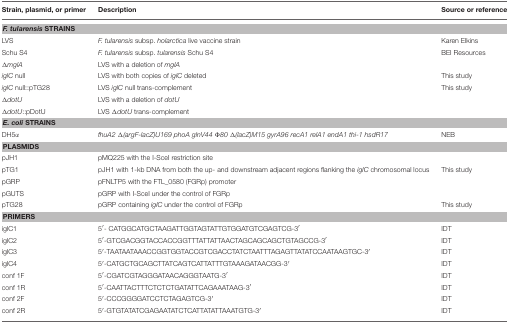
| Strain, plasmid, or primer | Description | Source or reference |
 | --- | --- | --- |
 | <COLSPAN=3> F. tularensisSTRAINS |
 | LVS | F. tularensis subsp. holarctica live vaccine strain | Karen Elkins |
 | Schu S4 | F. tularensis subsp. tularensis Schu S4 | BEI Resources |
 | ΔmglA | LVS with a deletion of mglA |  |
 | iglC null | LVS with both copies of iglC deleted | This study |
 | iglC null::pTG28 | LVS iglC null trans-complement | This study |
 | ΔdotU | LVS with a deletion of dotU |  |
 | ΔdotU::pDotU | LVS ΔdotU trans-complement |  |
 | <COLSPAN=3> E. coliSTRAINS |
 | DH5α | fhuA2 Δ(argF-lacZ)U169 phoA glnV44 Φ80 Δ(lacZ)M15 gyrA96 recA1 relA1 endA1 thi-1 hsdR17 | NEB |
 | <COLSPAN=3> PLASMIDS |
 | pJH1 | pMQ225 with the I-SceI restriction site |  |
 | pTG1 | pJH1 with 1-kb DNA from both the up- and downstream adjacent regions flanking the iglC chromosomal locus | This study |
 | pGRP | pFNLTP5 with the FTL_0580 (FGRp) promoter |  |
 | pGUTS | pGRP with I-SceI under the control of FGRp |  |
 | pTG28 | pGRP containing iglC under the control of FGRp | This study |
 | <COLSPAN=3> PRIMERS |
 | iglC1 | 5′- CATGGCATGCTAAGATTGGTAGTATTGTGGATGTCGAGTCG-3′ | IDT |
 | iglC2 | 5′-GTCGACGGTACCACCGGTTTATTATTAACTAGCAGCAGCTGTAGCCG-3′ | IDT |
 | iglC3 | 5′-TAATAATAAACCGGTGGTACCGTCGACCTATCTAATTTAGAGTTATATCCAATAAGTGC-3′ | IDT |
 | iglC4 | 5′-CATGCTGCAGCTTATCAGTCATTATTTGTAAAGATAACGG-3′ | IDT |
 | conf 1F | 5′-CGATCGTAGGGATAACAGGGTAATG-3′ | IDT |
 | conf 1R | 5′-CAATTACTTTCTCTCTGATATTCAGAAATAAG-3′ | IDT |
 | conf 2F | 5′-CCCGGGGATCCTCTAGAGTCG-3′ | IDT |
 | conf 2R | 5′-GTGTATATCGAGAATATCTCATTATATTAAATGTG-3′ | IDT |